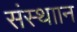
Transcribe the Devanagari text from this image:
संस्थाान